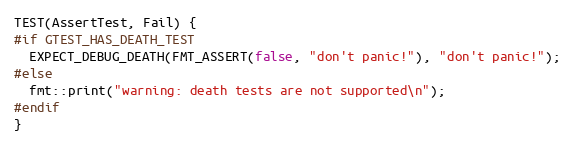
Language: C++
TEST(AssertTest, Fail) {
#if GTEST_HAS_DEATH_TEST
  EXPECT_DEBUG_DEATH(FMT_ASSERT(false, "don't panic!"), "don't panic!");
#else
  fmt::print("warning: death tests are not supported\n");
#endif
}